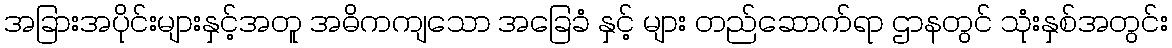
အခြားအပိုင်းများနှင့်အတူ အဓိကကျသော အခြေခံ နှင့် များ တည်ဆောက်ရာ ဌာနတွင် သုံးနှစ်အတွင်း